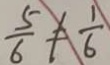
\frac { 5 } { 6 } \neq \frac { 1 } { 6 }